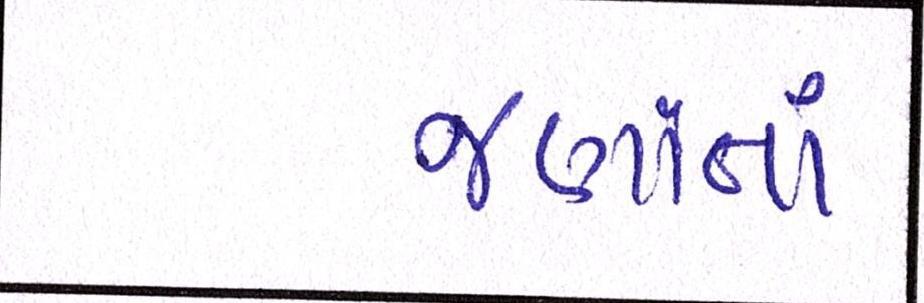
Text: જણાતાં